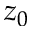
z _ { 0 }